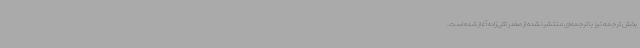
بخش ترجمه نیز با ترجمه‌ای منتشرنشده از صفدر تقی‌زاده آغاز شده است.